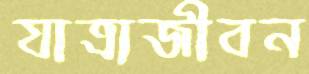
যাত্রাজীবন